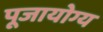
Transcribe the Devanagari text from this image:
पूजायोग्य